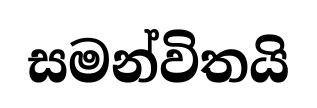
සමන්විතයි